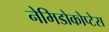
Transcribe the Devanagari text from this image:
नेमिडोकोप्टेस